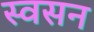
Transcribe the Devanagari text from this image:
स्वसन